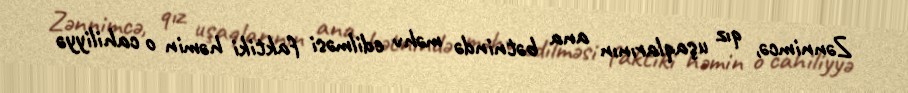
Zənnimcə, qız uşaqlarının ana bətnində məhv edilməsi faktiki həmin o cahiliyyə